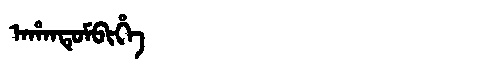
Manchu: ᠠᡥᠠᠨᡨᡠᠮᠪᡳᡥᡝ
Romanization: AHANTUMBIHE